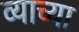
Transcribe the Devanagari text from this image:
व्याच्या